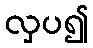
လှပ၍